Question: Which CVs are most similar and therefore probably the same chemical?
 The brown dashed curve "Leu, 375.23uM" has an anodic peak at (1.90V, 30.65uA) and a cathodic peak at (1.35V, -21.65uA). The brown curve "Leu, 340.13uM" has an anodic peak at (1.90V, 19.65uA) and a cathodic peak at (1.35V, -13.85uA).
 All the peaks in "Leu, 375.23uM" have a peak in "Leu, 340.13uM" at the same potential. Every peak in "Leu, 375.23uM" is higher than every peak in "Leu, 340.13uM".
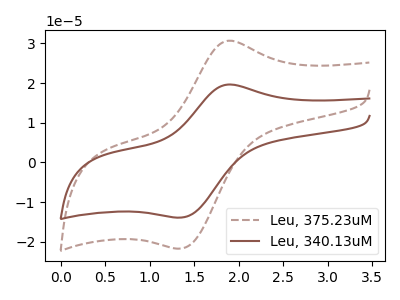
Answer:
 <answer>"Leu, 375.23uM" and "Leu, 340.13uM" have the same shape and are likely CV's of the same chemical.</answer>
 <eval>"Leu, 375.23uM" "Leu, 340.13uM"</eval>